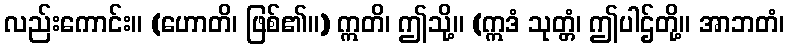
လည်းကောင်း။ (ဟောတိ၊ ဖြစ်၏။) ဣတိ၊ ဤသို့။ (ဣဒံ သုတ္တံ၊ ဤပါဌ်တို့။ အာဘတံ၊